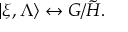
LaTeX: | \xi , \Lambda \rangle \leftrightarrow G / \tilde { H } .